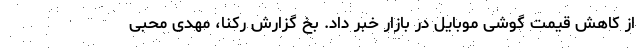
از کاهش قیمت گوشی موبایل در بازار خبر داد. بخ گزارش رکنا، مهدی محبی